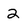
Character: 2